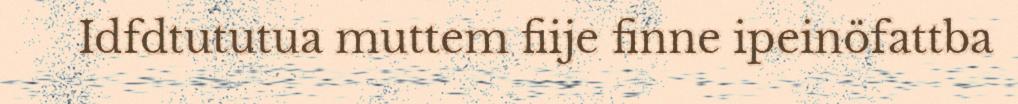
Idfdtututua muttem fiije finne ipeinöfattba